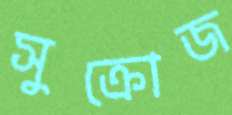
সুক্রোজ